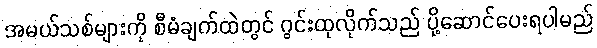
အမယ်သစ်များကို စီမံချက်ထဲတွင် ဂွင်းထုလိုက်သည် ပို့ဆောင်ပေးရပါမည်